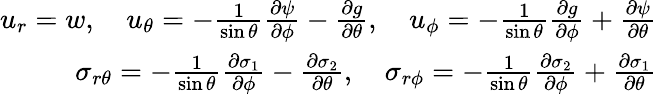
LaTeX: \begin{array}{r}{u_{r}=w,\quad u_{\theta}=-\frac{1}{\sin\theta}\frac{\partial\psi}{\partial\phi}-\frac{\partial g}{\partial\theta},\quad u_{\phi}=-\frac{1}{\sin\theta}\frac{\partial g}{\partial\phi}+\frac{\partial\psi}{\partial\theta}}\\ {\sigma_{r\theta}=-\frac{1}{\sin\theta}\frac{\partial\sigma_{1}}{\partial\phi}-\frac{\partial\sigma_{2}}{\partial\theta},\quad\sigma_{r\phi}=-\frac{1}{\sin\theta}\frac{\partial\sigma_{2}}{\partial\phi}+\frac{\partial\sigma_{1}}{\partial\theta}}\end{array}